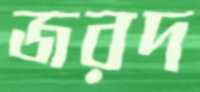
জরদ